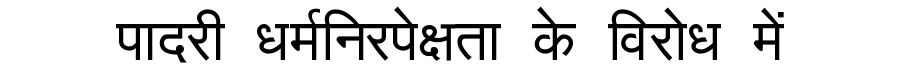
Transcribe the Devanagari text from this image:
पादरी धर्मनिरपेक्षता के विरोध में